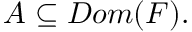
A \subseteq D o m ( F ) .